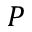
P